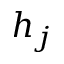
h _ { j }